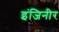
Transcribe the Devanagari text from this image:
इंजिनीर